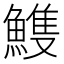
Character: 𩹹